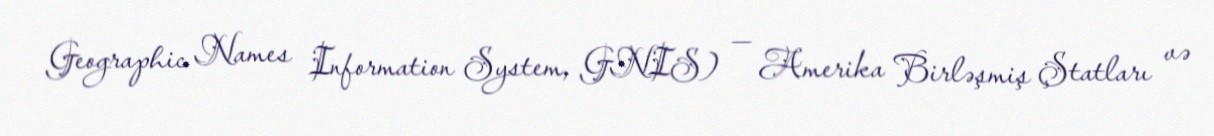
Geographic Names Information System, GNIS) — Amerika Birləşmiş Ştatları və